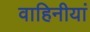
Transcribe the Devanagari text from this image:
वाहिनीयां